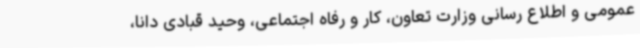
عمومی و اطلاع رسانی وزارت تعاون، کار و رفاه اجتماعی، وحید قبادی دانا،